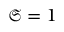
\mathfrak { S } = 1